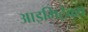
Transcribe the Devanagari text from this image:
आइमिट्रेक्स